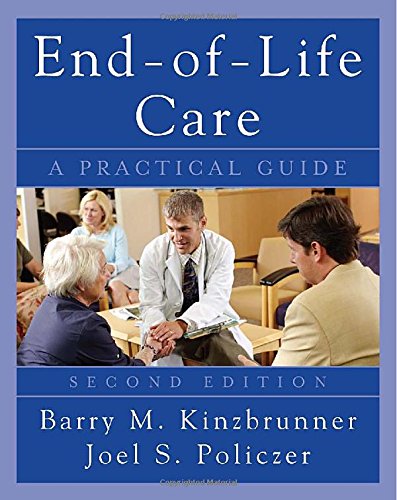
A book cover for End-of-Life-Care: A Practical Guide, Second Edition; Barry Kinzbrunner; Self-Help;